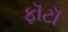
ફૉટૉ